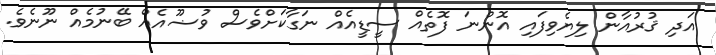
އަދި ޤުރުއާން ލިޔެވިފައި އޮންނަ ފޮތެއް ސީޑީއެއް ނަގާކަށްވެސް ވުޟޫއެއް ބޭނުމެއް ނޫނެވެ.